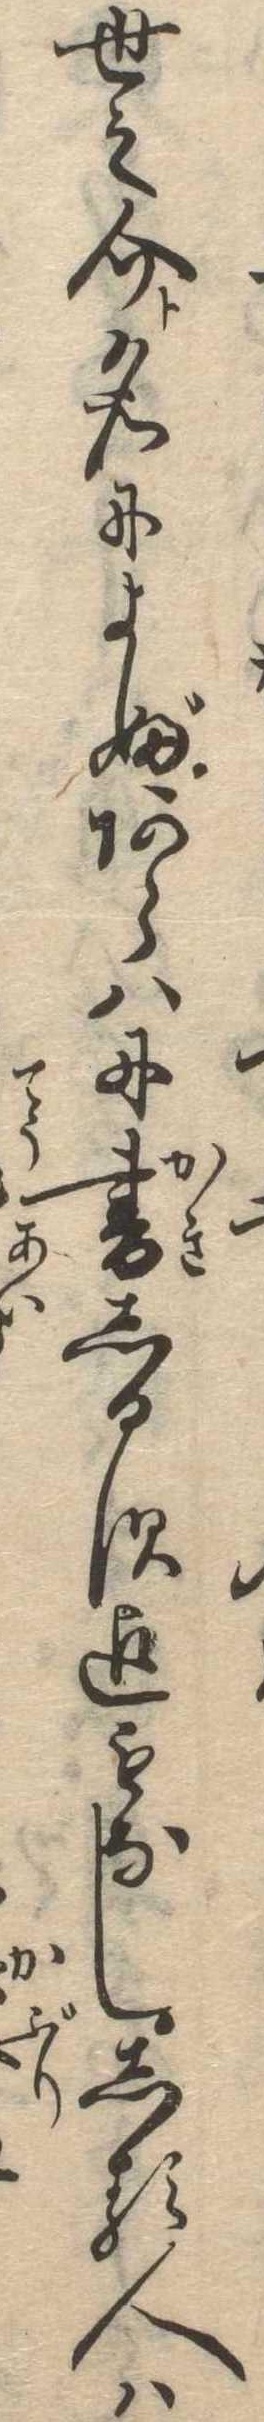
世之介と名によぶあらはに書しるす迄もなししる人は